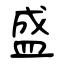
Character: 盛